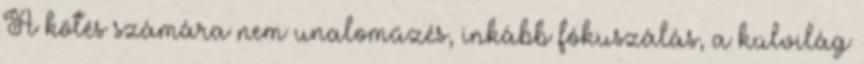
A kötés számára nem unaloműzés, inkább fókuszálás, a külvilág